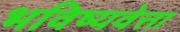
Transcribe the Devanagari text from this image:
भविष्यवेत्ता